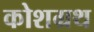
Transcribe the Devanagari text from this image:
कोशग्रथ